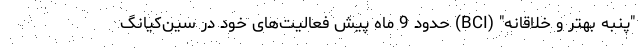
"پنبه بهتر و خلاقانه" (BCI) حدود 9 ماه پیش فعالیت‌های خود در سین‌کیانگ